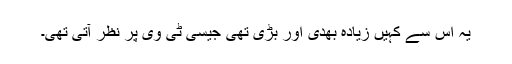
یہ اس سے کہیں زیادہ بھدی اور بڑی تھی جیسی ٹی وی پر نظر آتی تھی۔